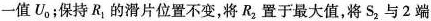
一值U_{0}；保持R_{1}的滑片位置不变，将R_{2}置于最大值，将S_{2}与2端